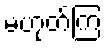
မဟုတ်ကြ